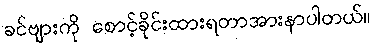
ခင်ဗျားကို စောင့်ခိုင်းထားရတာအားနာပါတယ်။